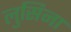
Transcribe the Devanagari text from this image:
लुसिना